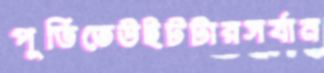
পূর্তিতেউইটটারসর্যান